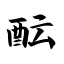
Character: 酝